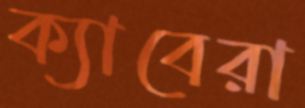
ক্যাবেরা